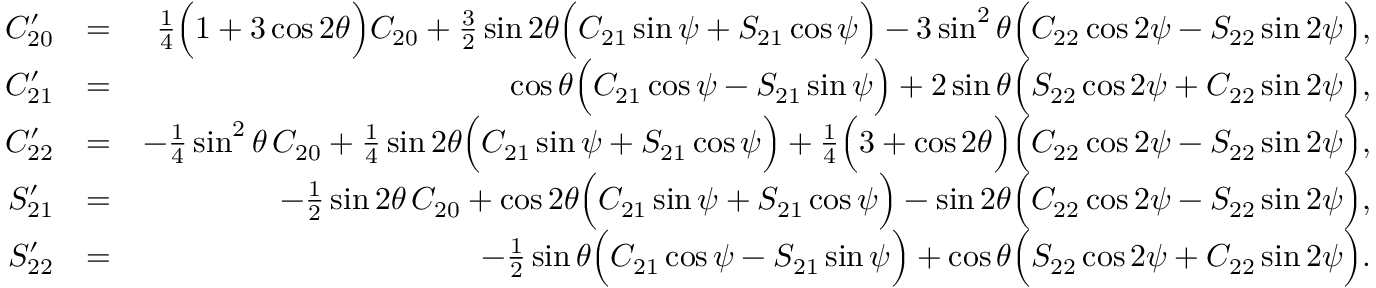
\begin{array} { r l r } { C _ { 2 0 } ^ { \prime } } & { = } & { { \textstyle \frac { 1 } { 4 } } \Big ( 1 + 3 \cos 2 \theta \Big ) C _ { 2 0 } + { \textstyle \frac { 3 } { 2 } } \sin 2 \theta \Big ( C _ { 2 1 } \sin \psi + S _ { 2 1 } \cos \psi \Big ) - 3 \sin ^ { 2 } \theta \Big ( C _ { 2 2 } \cos 2 \psi - S _ { 2 2 } \sin 2 \psi \Big ) , } \\ { C _ { 2 1 } ^ { \prime } } & { = } & { \cos \theta \Big ( C _ { 2 1 } \cos \psi - S _ { 2 1 } \sin \psi \Big ) + 2 \sin \theta \Big ( S _ { 2 2 } \cos 2 \psi + C _ { 2 2 } \sin 2 \psi \Big ) , } \\ { C _ { 2 2 } ^ { \prime } } & { = } & { - { \textstyle \frac { 1 } { 4 } } \sin ^ { 2 } \theta \, C _ { 2 0 } + { \textstyle \frac { 1 } { 4 } } \sin 2 \theta \Big ( C _ { 2 1 } \sin \psi + S _ { 2 1 } \cos \psi \Big ) + { \textstyle \frac { 1 } { 4 } } \Big ( 3 + \cos 2 \theta \Big ) \Big ( C _ { 2 2 } \cos 2 \psi - S _ { 2 2 } \sin 2 \psi \Big ) , } \\ { S _ { 2 1 } ^ { \prime } } & { = } & { - { \textstyle \frac { 1 } { 2 } } \sin 2 \theta \, C _ { 2 0 } + \cos 2 \theta \Big ( C _ { 2 1 } \sin \psi + S _ { 2 1 } \cos \psi \Big ) - \sin 2 \theta \Big ( C _ { 2 2 } \cos 2 \psi - S _ { 2 2 } \sin 2 \psi \Big ) , } \\ { S _ { 2 2 } ^ { \prime } } & { = } & { - { \textstyle \frac { 1 } { 2 } } \sin \theta \Big ( C _ { 2 1 } \cos \psi - S _ { 2 1 } \sin \psi \Big ) + \cos \theta \Big ( S _ { 2 2 } \cos 2 \psi + C _ { 2 2 } \sin 2 \psi \Big ) . } \end{array}